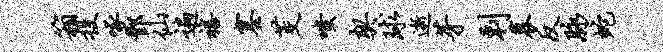
箱投啄酆仙遍禧塞茭嗤契球逝芽剌募反脉蛇